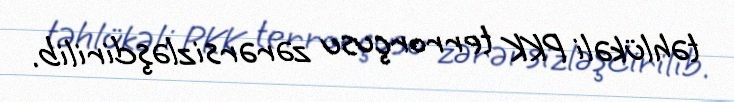
təhlükəli PKK terrorçusu zərərsizləşdirilib.